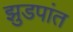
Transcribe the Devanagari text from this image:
झुडपांत